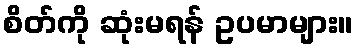
စိတ်ကို ဆုံးမရန် ဥပမာများ။